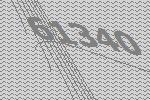
61340